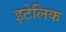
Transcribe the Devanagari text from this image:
इटेलिक